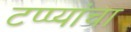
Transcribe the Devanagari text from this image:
टप्प्यांचा